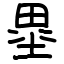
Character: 塁